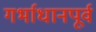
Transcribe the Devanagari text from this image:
गर्भाधानपूर्व